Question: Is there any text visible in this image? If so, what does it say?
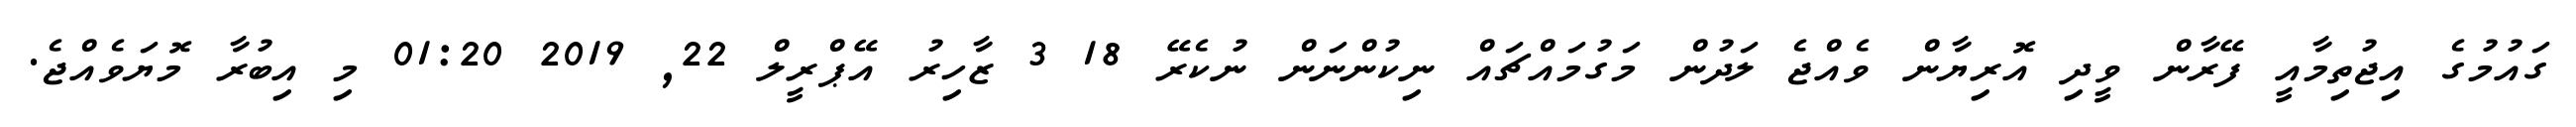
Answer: ގައުމުގެ އިޖުތިމާއީ ފޭރާން ވީދި އޮރިޔާން ވެއްޖެ ލަދުން މަގުމައްޗައް ނިކުންނަން ނުކެރޭ 18 3 ޒާހިރު އޭޕްރީލް 22, 2019 01:20 މި އިބުރާ މޮޔަވެއްޖެ.